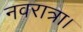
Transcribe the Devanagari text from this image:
नवरात्रा।